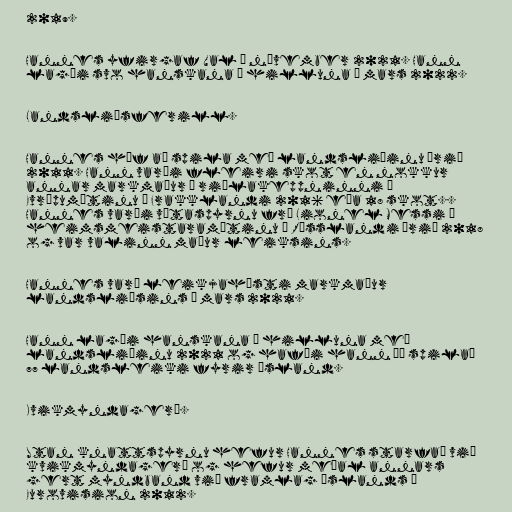
2019.

Hannes yfirgaf Val í nóvember 2021. Hann
lagði svo hanskana á hilluna í mars 2022.

Landsliðsferill.

Hannes hóf að spila með landsliðinu árið
2011. Hann varði fleiri skot en nokkur
annar markmaður í riðlakeppninni í
Evrópumótinu í Frakklandi 2016 eða 18 skot..
Hannes varði vítaspyrnu frá Lionel Messi á
heimsmeistaramótinu í Rússlandi árið 2018
og var valinn maður leiksins.

Hannes varð leikjahæsti markmaður
landsliðsins í mars 2021.

Hann lagði hanskana á hilluna með
landsliðinu 2021 og hafði hann þá spilað
77 landsleiki fyrir Ísland.

Kvikmyndagerð.

Utan knattspyrnu hefur Hannes starfað við
kvikmyndagerð og hefur meðal annars
gert myndband við framlag Íslands í
Eurovision 2012.